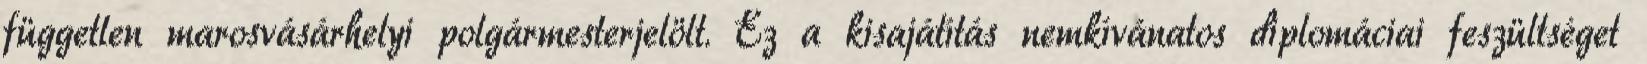
független marosvásárhelyi polgármesterjelölt. Ez a kisajátítás nemkívánatos diplomáciai feszültséget